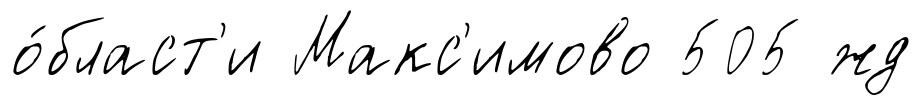
о́бласт'и Макс'имово 505 жд